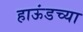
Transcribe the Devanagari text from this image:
हाऊंडच्या